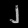
Digit: ၂